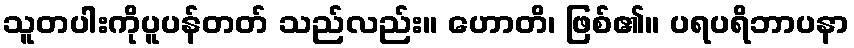
သူတပါးကိုပူပန်တတ် သည်လည်း။ ဟောတိ၊ ဖြစ်၏။ ပရပရိဘာပနာ